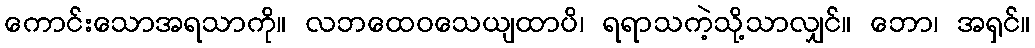
ကောင်းသောအရသာကို။ လဘထေဝသေယျထာပိ၊ ရရာသကဲ့သို့သာလျှင်။ ဘော၊ အရှင်။